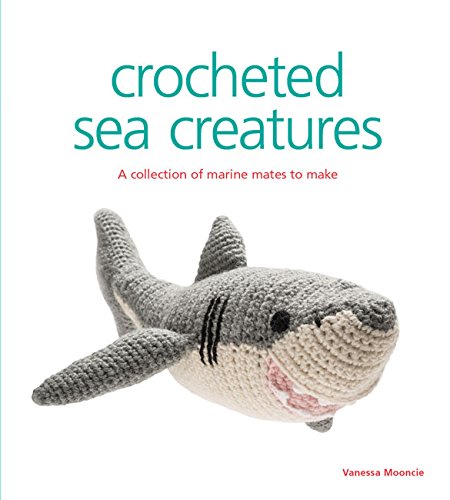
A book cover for Crocheted Sea Creatures: A Collection of Marine Mates to Make (Knitted); Vanessa Mooncie; Crafts, Hobbies & Home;